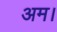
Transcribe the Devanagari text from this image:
अम।